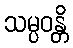
သမ္ပဝန္တိ